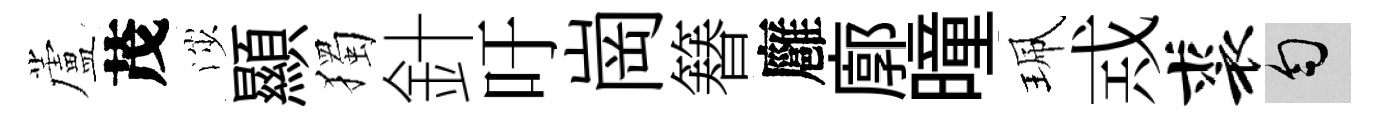
蘆茂渉顯獨針吁崗簮廱廓曈珮𢦶裘匀